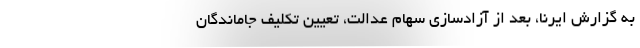
به گزارش ایرنا، بعد از آزادسازی سهام عدالت، تعیین تکلیف جاماندگان